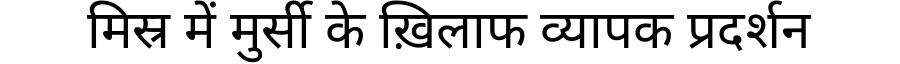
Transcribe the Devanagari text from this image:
मिस्र में मुर्सी के ख़िलाफ व्यापक प्रदर्शन